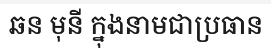
ឆន មុនី ក្នុងនាមជាប្រធាន